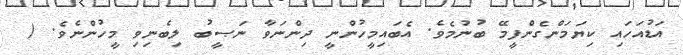
އަޑުއަހައި ކިޔަމަންގެންފީމޭ ބުނުމެވެ. އެބައިމީހުންނީ ދިންނަވާ ނަޞީބު ލިބެނިވި މީހުންނެވެ. (